Civil Veterinary Department Bengal reports 1933-51 - 1933-1951
Year: 1933
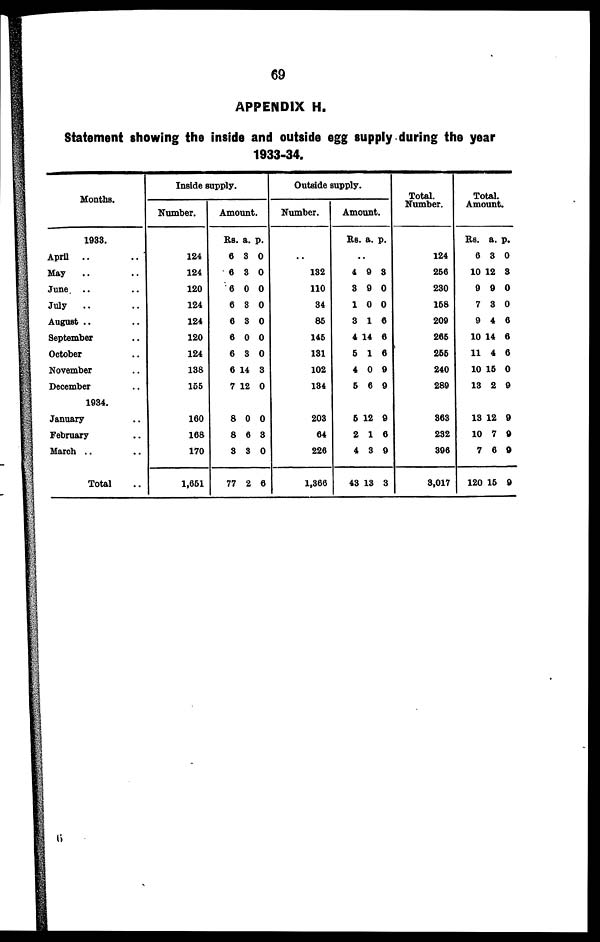
69
APPENDIX H.
Statement showing the inside and outside egg supply during the year
1933-34.
Months.
1933.
April .. ..
May .. ..
June. .. ..
July .. ..
August .. ..
September ..
October ..
November ..
December ..
1934.
January ..
February ..
March .. ..
Total ..
Inside supply.
Number.
124
124
120
124
124
120
124
138
155
160
168
170
1,651
Amount.
Rs.
6
6
6
6
6
6
6
6
7
8
8
3
77
a.
3
3
0
3
3
0
3
14
12
0
6
3
2
p.
0
0
0
0
0
0
0
3
0
0
3
0
6
Outside supply.
Number.
..
132
110
34
85
145
131
102
134
203
64
226
1,366
Amount.
Rs.
..
4
3
1
3
4
5
4
5
5
2
4
43
a.
9
9
0
1
14
1
0
6
12
1
3
13
p.
3
0
0
6
6
6
9
9
9
6
9
3
Total.
Number.
124
256
230
158
209
265
255
240
289
363
232
396
3,017
Total
Amount.
Rs.
6
10
9
7
9
10
11
10
13
13
10
7
120
a.
3
12
9
3
4
14
4
15
2
12
7
6
15
p.
0
3
0
0
6
6
6
0
9
9
9
0
9